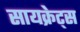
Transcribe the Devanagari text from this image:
सायक्रेट्स